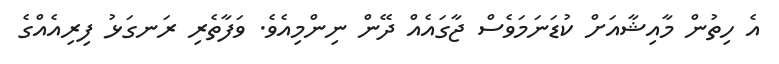
އެ ހިތުން މާއިޝާއަށް ކުޑަނަމަވެސް ޖާގައެއް ދޭން ނިންމިއެވެ. ވަފާތެރި ރަނގަޅު ފިރިއެއްގެ